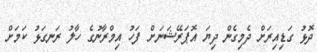
ދޮޅު ގަޑިއިރަށް ދެމިގެން ދިޔަ އޮޕަރޭޝަނަށް ފަހު އިމްރާނުގެ ހާލު ރަނގަޅު ކަމަށް